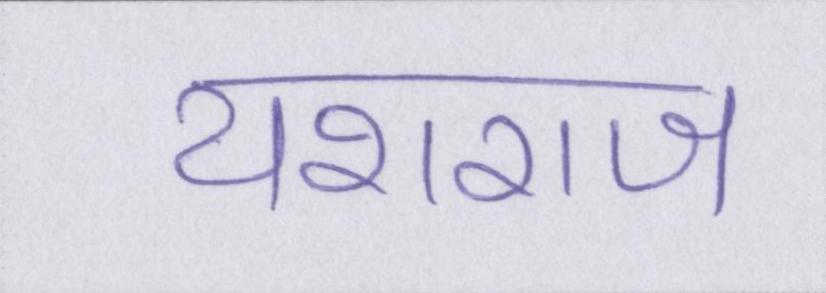
यशराज